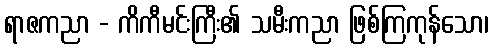
ရာဇကညာ - ကိကီမင်းကြီး၏ သမီးကညာ ဖြစ်ကြကုန်သော၊